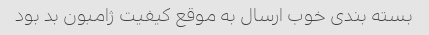
بسته بندی خوب ارسال به موقع کیفیت ژامبون بد بود